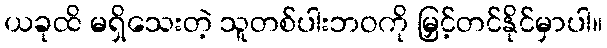
ယခုထိ မရှိသေးတဲ့ သူတစ်ပါးဘဝကို မြှင့်တင်နိုင်မှာပါ။